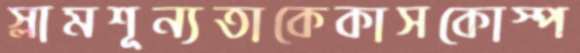
স্লামশূন্যতাকেকাসকোস্প